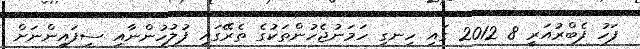
ފަހު ފެބްރުއަރީ 8 2012 ގައި ހިނގި ހަމަނުޖެހުންތަކުގެ ތެރޭގައި ފުލުހުންނާއި ސިފައިންނަށް